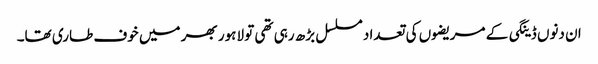
ان دنوں ڈینگی کے مریضوں کی تعداد مسلسل بڑھ رہی تھی تو لاہور بھر میں خوف طاری تھا۔